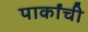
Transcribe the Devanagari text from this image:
पार्कांची